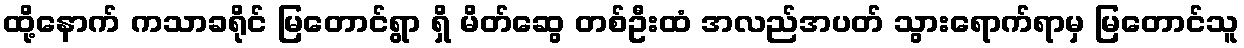
ထို့နောက် ကသာခရိုင် မြတောင်ရွာ ရှိ မိတ်ဆွေ တစ်ဦးထံ အလည်အပတ် သွားရောက်ရာမှ မြတောင်သူ